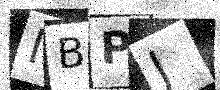
Text: IBPJ